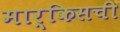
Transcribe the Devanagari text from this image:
मार्किसची